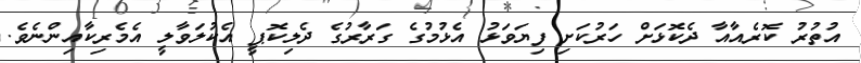
އުތުރު ކޮރެއާއާ ދެކޮޅަށް ހަރުކަށި ފިޔަވަޅު އެޅުމުގެ ގަރާރުގެ ދެލިކޮޕީ އެކުލަވާލީ އެމެރިކާއިންނެވެ.